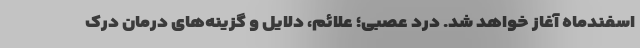
اسفندماه آغاز خواهد شد. درد عصبی؛ علائم، دلایل و گزینه‌های درمان درک